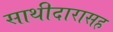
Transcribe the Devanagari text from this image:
साथीदारासह